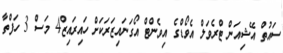
ސައުތް އޭޝިއަން ޓްރެވަލް އެވޯޑްގެ އިވެންޓް އޯގަނައިޒަރަކަށް ހައިރައިޒް4 މަސް 3 ހަފްތާ